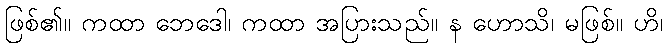
ဖြစ်၏။ ကထာ ဘေဒေါ၊ ကထာ အပြားသည်။ န ဟောသိ၊ မဖြစ်။ ဟိ၊